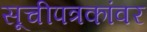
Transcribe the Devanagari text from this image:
सूचीपत्रकांवर